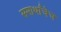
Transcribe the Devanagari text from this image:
समार्थांचेच